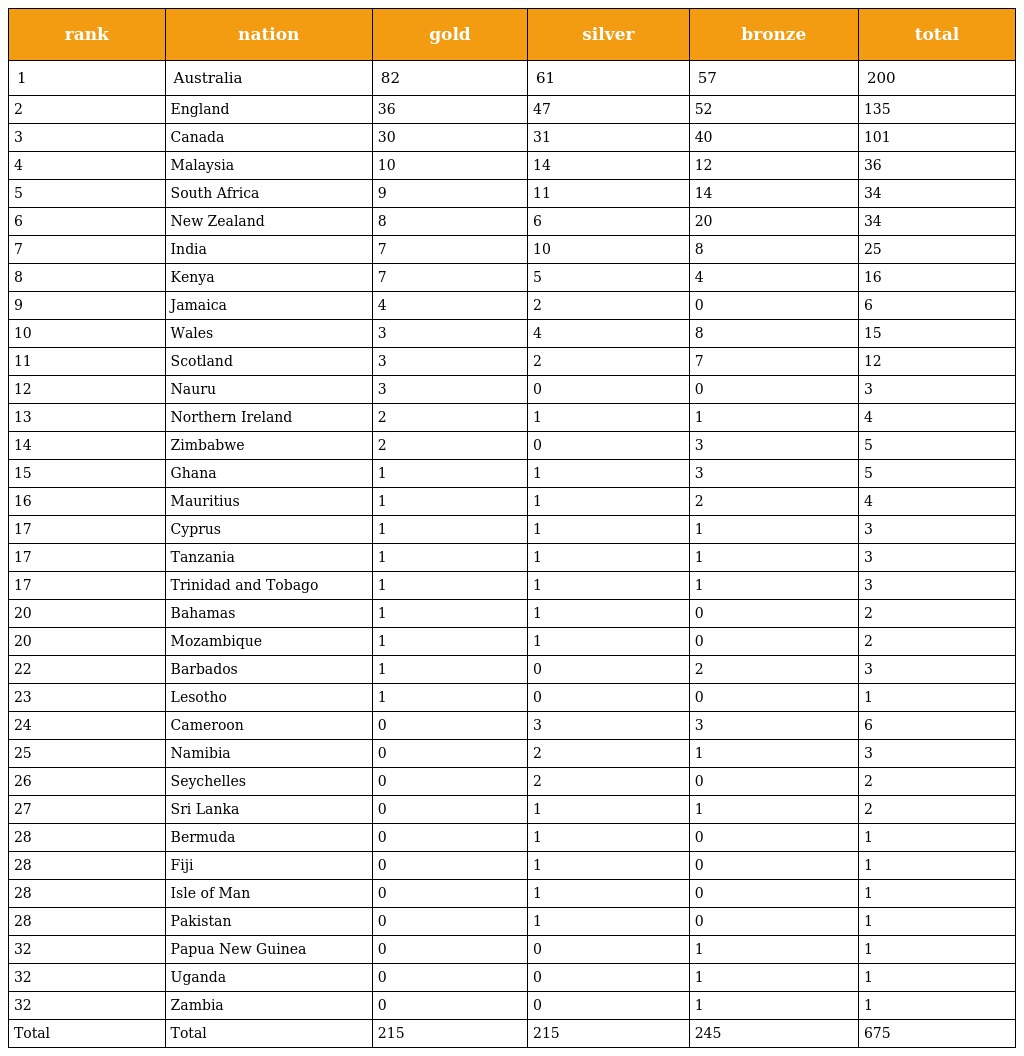
| rank | nation | gold | silver | bronze | total |
 | --- | --- | --- | --- | --- | --- |
 | 1 | Australia | 82 | 61 | 57 | 200 |
 | 2 | England | 36 | 47 | 52 | 135 |
 | 3 | Canada | 30 | 31 | 40 | 101 |
 | 4 | Malaysia | 10 | 14 | 12 | 36 |
 | 5 | South Africa | 9 | 11 | 14 | 34 |
 | 6 | New Zealand | 8 | 6 | 20 | 34 |
 | 7 | India | 7 | 10 | 8 | 25 |
 | 8 | Kenya | 7 | 5 | 4 | 16 |
 | 9 | Jamaica | 4 | 2 | 0 | 6 |
 | 10 | Wales | 3 | 4 | 8 | 15 |
 | 11 | Scotland | 3 | 2 | 7 | 12 |
 | 12 | Nauru | 3 | 0 | 0 | 3 |
 | 13 | Northern Ireland | 2 | 1 | 1 | 4 |
 | 14 | Zimbabwe | 2 | 0 | 3 | 5 |
 | 15 | Ghana | 1 | 1 | 3 | 5 |
 | 16 | Mauritius | 1 | 1 | 2 | 4 |
 | 17 | Cyprus | 1 | 1 | 1 | 3 |
 | 17 | Tanzania | 1 | 1 | 1 | 3 |
 | 17 | Trinidad and Tobago | 1 | 1 | 1 | 3 |
 | 20 | Bahamas | 1 | 1 | 0 | 2 |
 | 20 | Mozambique | 1 | 1 | 0 | 2 |
 | 22 | Barbados | 1 | 0 | 2 | 3 |
 | 23 | Lesotho | 1 | 0 | 0 | 1 |
 | 24 | Cameroon | 0 | 3 | 3 | 6 |
 | 25 | Namibia | 0 | 2 | 1 | 3 |
 | 26 | Seychelles | 0 | 2 | 0 | 2 |
 | 27 | Sri Lanka | 0 | 1 | 1 | 2 |
 | 28 | Bermuda | 0 | 1 | 0 | 1 |
 | 28 | Fiji | 0 | 1 | 0 | 1 |
 | 28 | Isle of Man | 0 | 1 | 0 | 1 |
 | 28 | Pakistan | 0 | 1 | 0 | 1 |
 | 32 | Papua New Guinea | 0 | 0 | 1 | 1 |
 | 32 | Uganda | 0 | 0 | 1 | 1 |
 | 32 | Zambia | 0 | 0 | 1 | 1 |
 | Total | Total | 215 | 215 | 245 | 675 |